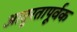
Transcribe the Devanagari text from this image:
आतुरतापूर्वक